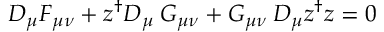
D _ { \mu } F _ { \mu \nu } + z ^ { \dagger } D _ { \mu } \: G _ { \mu \nu } + G _ { \mu \nu } \: D _ { \mu } z ^ { \dagger } z = 0